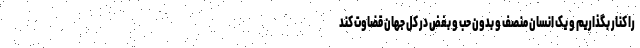
را کنار بگذاریم و یک انسان منصف و بدون حب و بغض در کل جهان قضاوت کند